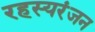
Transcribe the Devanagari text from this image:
रहस्यरंजन